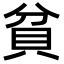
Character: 貧